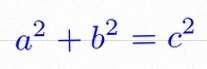
a^2+b^2=c^2